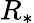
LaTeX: R_{*}